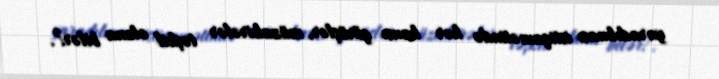
yaradılması istiqamətində hər hansı görüşlər, müzakirələr təşkil oluna bilər?.